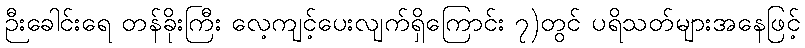
ဉီးခေါင်းရေ တန်ခိုးကြီး လေ့ကျင့်ပေးလျက်ရှိကြောင်း ၇)တွင် ပရိသတ်များအနေဖြင့်